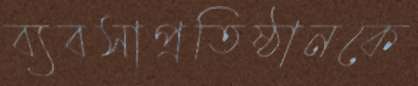
ব্যবসাপ্রতিষ্ঠানকে